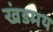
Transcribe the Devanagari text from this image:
खंडमय